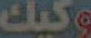
وكيك